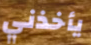
يأخذني